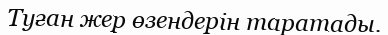
Туған жер өзендерін таратады.